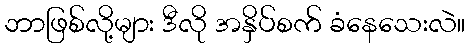
ဘာဖြစ်လို့များ ဒီလို အနှိပ်စက် ခံနေသေးလဲ။